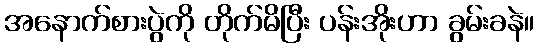
အနောက်စားပွဲကို တိုက်မိပြီး ပန်းအိုးဟာ ခွမ်းခနဲ။